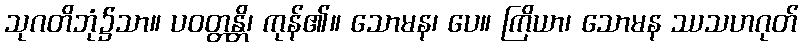
သုဂတိဘုံ၌သာ။ ပဝတ္တန္တိ၊ ကုန်၏။ သောမန၊ ပေ။ ကြိယာ၊ သောမန ဿသဟဂုတ်